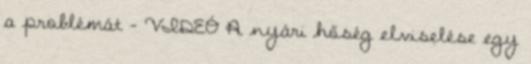
a problémát – VIDEÓ A nyári hőség elviselése egy